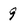
Character: 9